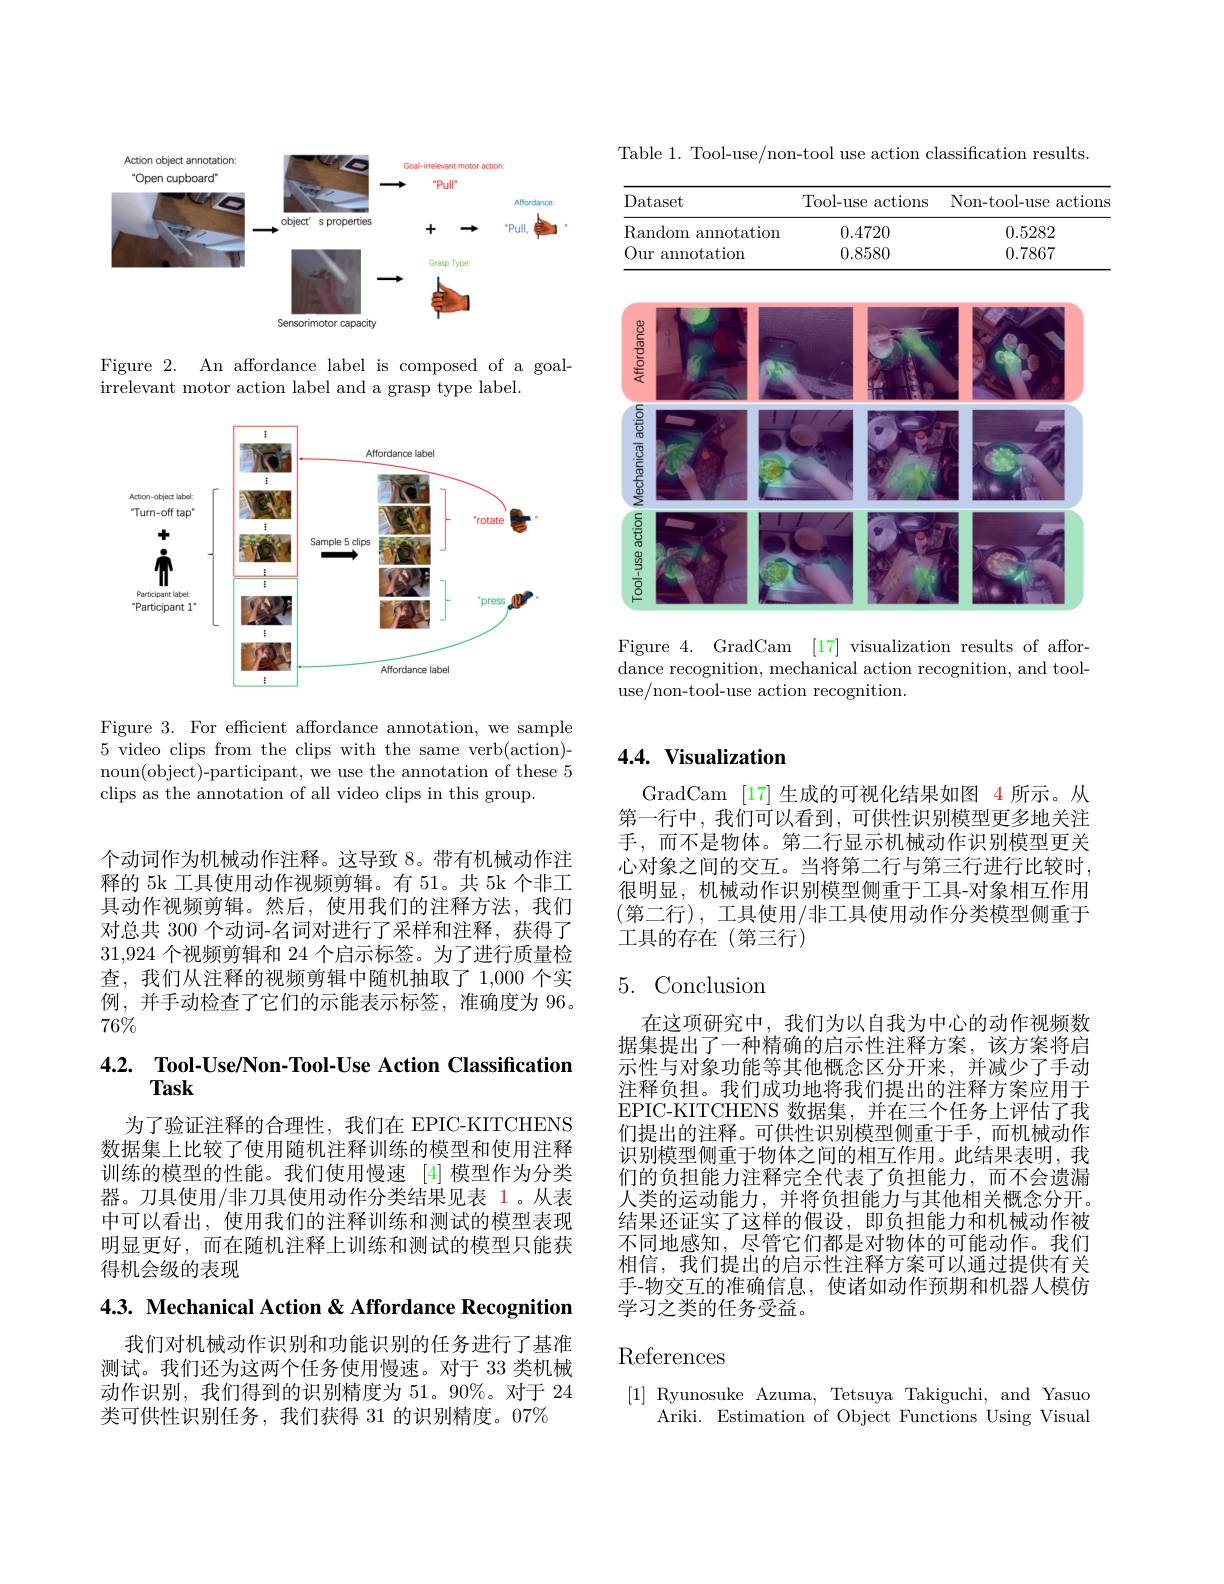
<FigureHere>

Figure 2. An affordance label is composed of a goal-
irrelevant motor action label and a grasp type label.

<FigureHere>

Figure 3. For effcient affordance annotation, we sample 5 video clips from the clips with the same verb(action)- noun(object)-participant, we use the annotation of these 5 clips as the annotation of all video clips in this group.

Table 1. Tool-use/non-tool use action classification results.

<table>
	<tbody>
		<tr>
			<th>Dataset</th>
			<th>Tool-use actions</th>
			<th>Non-tool-use actions</th>
		</tr>
		<tr>
			<td>Random annotation</td>
			<td>0.4720</td>
			<td>0.5282</td>
		</tr>
		<tr>
			<td>Our annotation T</td>
			<td>0.8580</td>
			<td>0.7867</td>
		</tr>
	</tbody>
</table>

<FigureHere>

Figure 4. GradCam [17] visualization results of affordance recognition, mechanical action recognition, and tooluse/non-tool-use action recognition.

个动词作为机械动作注释。这导致 8。带有机械动作注释的 5k 工具使用动作视频剪辑。有 51。共 5k 个非工具动作视频剪辑。然后，使用我们的注释方法，我们对总共 300 个动词-名词对进行了采样和注释，获得了31,924个视频剪辑和 24 个启示标签。为了进行质量检查，我们从注释的视频剪辑中随机抽取了 1,000 个实例，并手动检查了它们的示能表示标签，准确度为 96。$76\%$

# 4.2. $\textbf{Tool- Use/ Non- Tool- Use Action Classification}$

为了验证注释的合理性，我们在 EPIC-KITCHENS 数据集上比较了使用随机注释训练的模型和使用注释训练的模型的性能。我们使用慢速 [4]模型作为分类器。刀具使用/非刀具使用动作分类结果见表 1。从表中可以看出，使用我们的注释训练和测试的模型表现明显更好，而在随机注释上训练和测试的模型只能获得机会级的表现

4.3. Mechanical Action & Affordance Recognition

我们对机械动作识别和功能识别的任务进行了基准测试。我们还为这两个任务使用慢速。对于 33 类机械动作识别，我们得到的识别精度为 51。90%。对于 24类可供性识别任务，我们获得 31 的识别精度。07%

## $4. 4. \textbf{ Visualization}$

GradCam [17] 生成的可视化结果如图 4 所示。从第一行中，我们可以看到，可供性识别模型更多地关注手，而不是物体。第二行显示机械动作识别模型更关心对象之间的交互。当将第二行与第三行进行比较时， 很明显，机械动作识别模型侧重于工具-对象相互作用(第二行),工具使用/非工具使用动作分类模型侧重于工具的存在(第三行)

# 5.Conclusion

在这项研究中，我们为以自我为中心的动作视频数据集提出了一种精确的启示性注释方案，该方案将启示性与对象功能等其他概念区分开来，并减少了手动注释负担。我们成功地将我们提出的注释方案应用于EPIC-KITCHENS 数据集，并在三个任务上评估了我们提出的注释。可供性识别模型侧重于手，而机械动作识别模型侧重于物体之间的相互作用。此结果表明，我们的负担能力注释完全代表了负担能力，而不会遗漏人类的运动能力，并将负担能力与其他相关概念分开。结果还证实了这样的假设，即负担能力和机械动作被不同地感知，尽管它们都是对物体的可能动作。我们相信，我们提出的启示性注释方案可以通过提供有关手-物交互的准确信息，使诸如动作预期和机器人模仿学习之类的任务受益。

# References

[1] Ryunosuke Azuma, Tetsuya Takiguchi, and Yasuo
Ariki. Estimation of Object Functions Using Visual